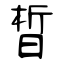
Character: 晳